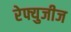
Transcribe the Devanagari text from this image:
रेफ्युजीज